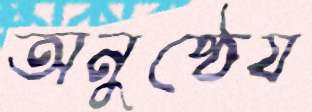
অনুষ্ঠেয